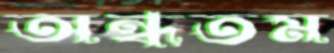
অন্ধতম